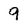
Character: 9